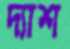
দ্যাশ